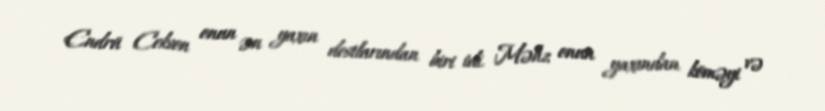
Endrü Cekson onun ən yaxın dostlarından biri idi. Məhz onun yaxından köməyi və